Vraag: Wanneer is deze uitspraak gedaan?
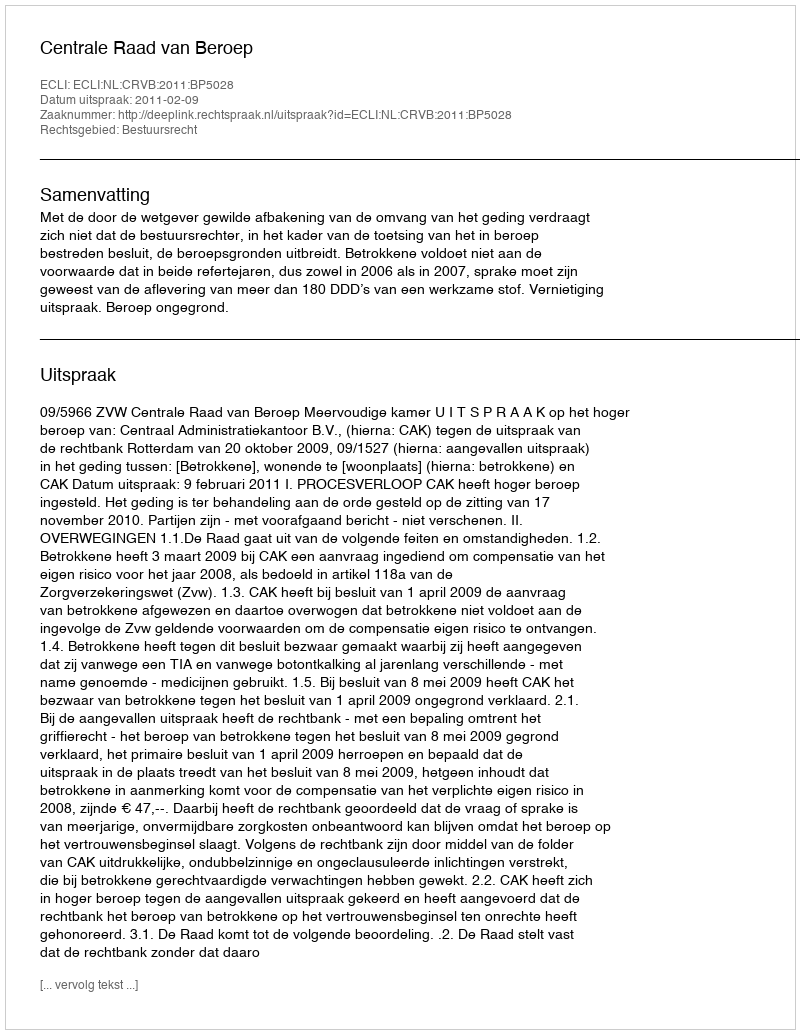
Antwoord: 2011-02-09